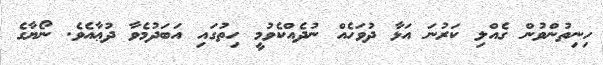
ހިނިތުންވުން ގެއްލި ކަރުނަ އަޅާ ދުވަހެއް ނުދެއްކެވުމީ ހިތުގައި އަބަދުމެވާ ދުޢާއެވެ. ނޯޔާގެ